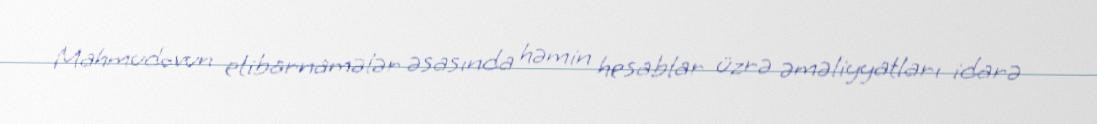
Mahmudovun etibarnamələr əsasında həmin hesablar üzrə əməliyyatları idarə